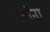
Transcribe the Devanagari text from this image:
फ़ॉना